Scottish Leaving Certificate Examination, 1955
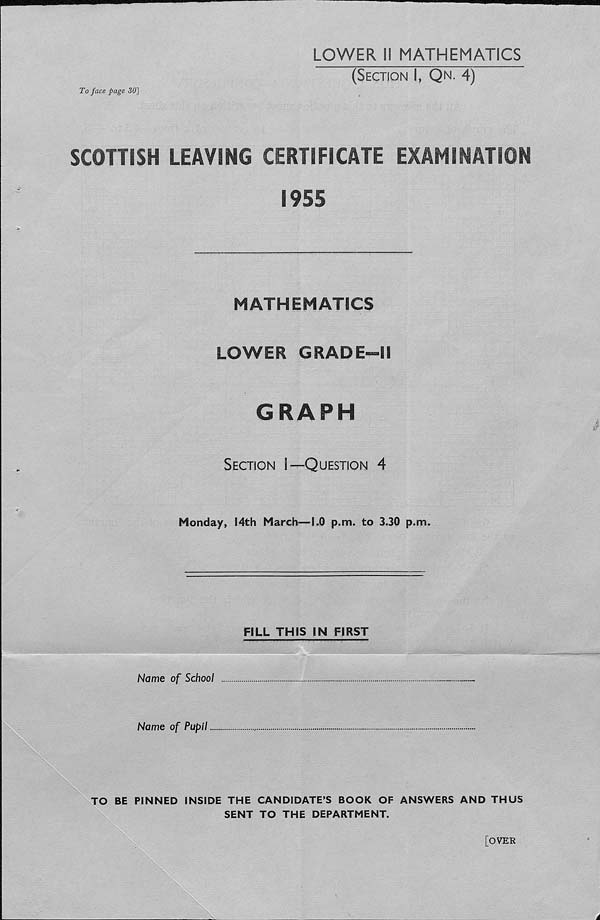
To face page 30]
LOWER II MATHEMATICS
(Section I, Qn. 4)
SCOTTISH LEAVING CERTIFICATE EXAMINATION
1955
MATHEMATICS
LOWER GRADE—II
GRAPH
Section I—Question 4
Monday, 14th March—1.0 p.m. to 3.30 p.m.
FILL THIS IN FIRST
Name of School
Name of Pupil...
TO BE PINNED INSIDE THE CANDIDATE’S BOOK OF ANSWERS AND THUS
SENT TO THE DEPARTMENT.
[OVER